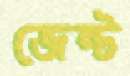
জেন্ট